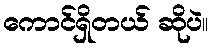
ကောင်ရှိတယ် ဆိုပဲ။